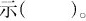
示()。